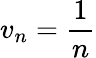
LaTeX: v_{n}=\frac{1}{n}